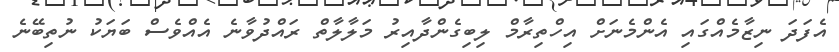
އެފަދަ ނިޒާމެއްގައި އެންމެނަށް އިހްތިރާމް ލިބިގެންދާއިރު މަލާލާތް ރައްދުވާނެ އެއްވެސް ބަޔަކު ނުތިބޭނެ